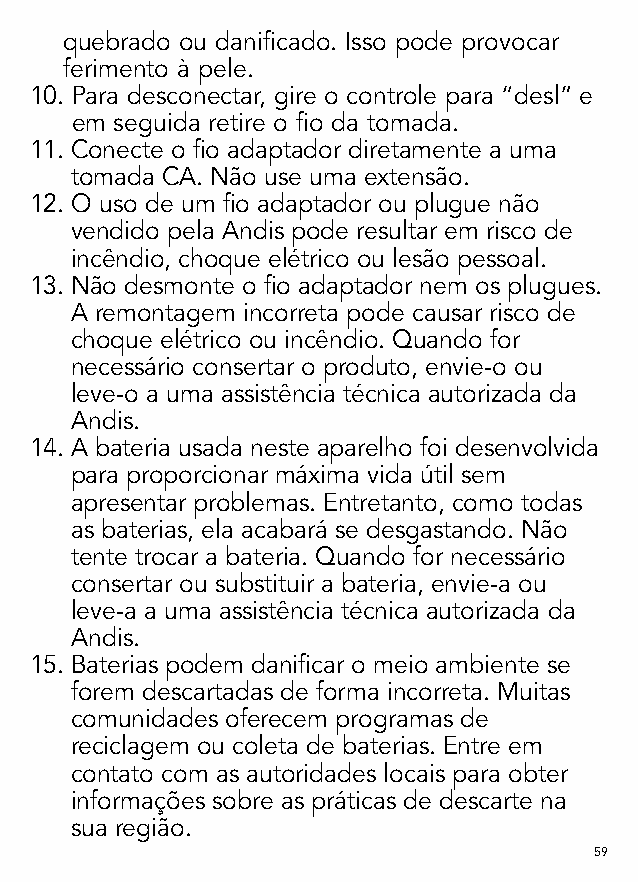
quebrado ou danificado. Isso pode provocar
 ferimento à pele.
 10. Para desconectar, gire o controle para “desl” e
 em seguida retire o fio da tomada.
 11. C onecte o fio adaptador diretamente a uma
 tomada CA. Não use uma extensão.
 12. O uso de um fio adaptador ou plugue não
 vendido pela Andis pode resultar em risco de
 incêndio, choque elétrico ou lesão pessoal.
 13. N ão desmonte o fio adaptador nem os plugues.
 A remontagem incorreta pode causar risco de
 choque elétrico ou incêndio. Quando for
 necessário consertar o produto, envie-o ou
 leve-o a uma assistência técnica autorizada da
 Andis.
 14. A bateria usada neste aparelho foi desenvolvida
 para proporcionar máxima vida útil sem
 apresentar problemas. Entretanto, como todas
 as baterias, ela acabará se desgastando. Não
 tente trocar a bateria. Quando for necessário
 consertar ou substituir a bateria, envie-a ou
 leve-a a uma assistência técnica autorizada da
 Andis.
 15. B aterias podem danificar o meio ambiente se
 forem descartadas de forma incorreta. Muitas
 comunidades oferecem programas de
 reciclagem ou coleta de baterias. Entre em
 contato com as autoridades locais para obter
 informações sobre as práticas de descarte na
 sua região.
 59